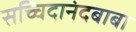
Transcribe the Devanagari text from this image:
सच्चिदानंदबाबा